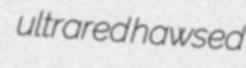
ultrared hawsed